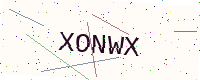
Text: XONWX